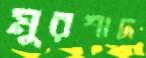
মুরশাদ